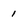
Character: 1